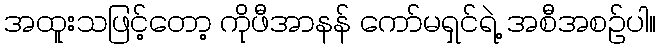
အထူးသဖြင့်တော့ ကိုဖီအာနန် ကော်မရှင်ရဲ့ အစီအစဉ်ပါ။